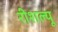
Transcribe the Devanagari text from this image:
रीशल्यू